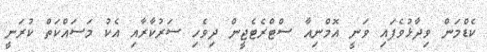
ކެޑްމަން ވިދާޅުވެފައި ވަނީ އޮމްނިއާ ސްޓްރެޓެޖީން ދިވެހި ސަރުކާރާއި އެކު މަސައްކަތް ކުރަނީ